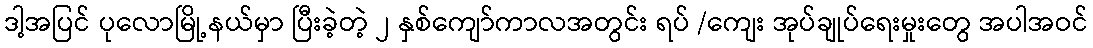
ဒါ့အပြင် ပုလောမြို့နယ်မှာ ပြီးခဲ့တဲ့ ၂ နှစ်ကျော်ကာလအတွင်း ရပ် /ကျေး အုပ်ချုပ်ရေးမှုးတွေ အပါအဝင်